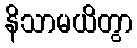
နိသာမယိတွာ